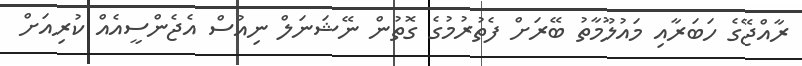
ރާއްޖޭގެ ހަބަރާއި މައުލޫމާތު ބޭރަށް ފެތުރުމުގެ ގޮތުން ނޭޝަނަލް ނިއުސް އެޖެންސީއެއް ކުރިއަށް